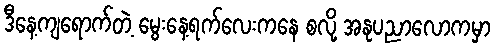
ဒီနေ့ကျရောက်တဲ့ မွေးနေ့ရက်လေးကနေ စလို့ အနုပညာလောကမှာ